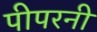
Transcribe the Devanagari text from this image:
पीपरनी